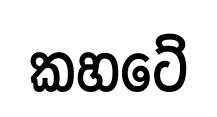
කහටේ